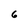
Character: 6